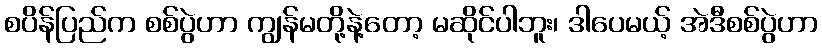
စပိန်ပြည်က စစ်ပွဲဟာ ကျွန်မတို့နဲ့တော့ မဆိုင်ပါဘူး၊ ဒါပေမယ့် အဲဒီစစ်ပွဲဟာ